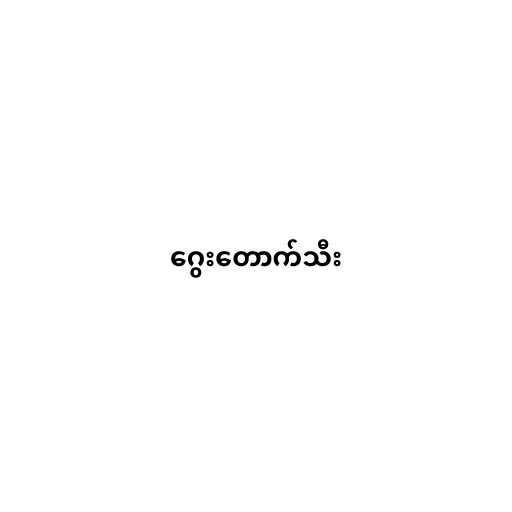
ဂွေးတောက်သီး